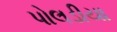
પોલડીયા